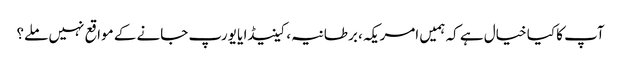
آپ کا کیا خیال ہے کہ ہمیں امریکہ، برطانیہ، کینیڈا یا یورپ جانے کے مواقع نہیں ملے؟